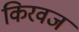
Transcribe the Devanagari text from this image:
किरवज